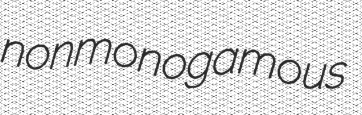
nonmonogamous